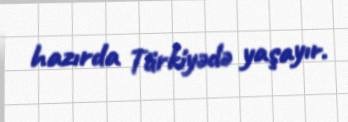
hazırda Türkiyədə yaşayır.